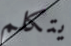
يتكلم